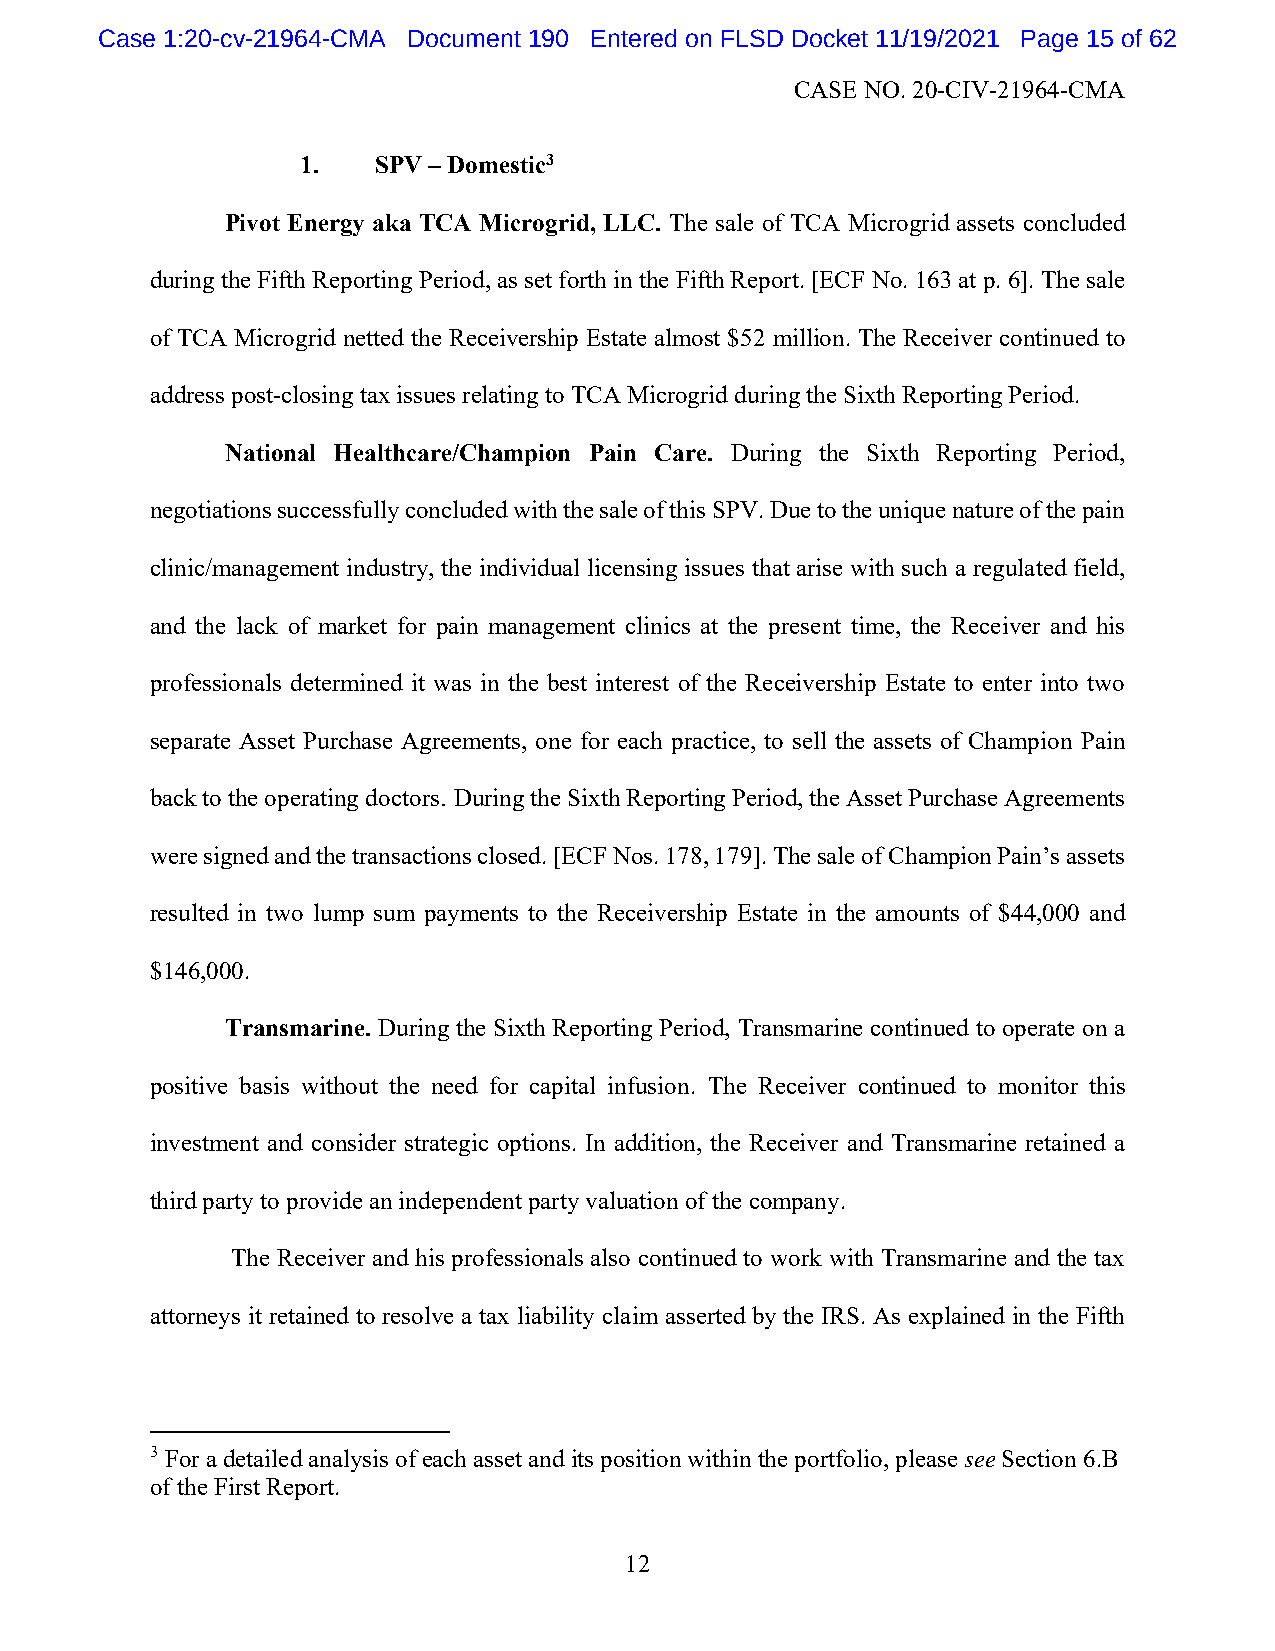
Case 1:20-cv-21964-CMA Document 190 Entered on FLSD Docket 11/19/2021 Page 15 of 62
 CASE NO. 20-CIV-21964-CMA
 1.   SPV – Domestic3
 Pivot Energy aka TCA Microgrid, LLC. The sale of TCA Microgrid assets concluded
 during the Fifth Reporting Period, as set forth in the Fifth Report. [ECF No. 163 at p. 6]. The sale
 of TCA Microgrid netted the Receivership Estate almost $52 million. The Receiver continued to
 address post-closing tax issues relating to TCA Microgrid during the Sixth Reporting Period.
 National Healthcare/Champion Pain Care. During the Sixth Reporting Period,
 negotiations successfully concluded with the sale of this SPV. Due to the unique nature of the pain
 clinic/management industry, the individual licensing issues that arise with such a regulated field,
 and the lack of market for pain management clinics at the present time, the Receiver and his
 professionals determined it was in the best interest of the Receivership Estate to enter into two
 separate Asset Purchase Agreements, one for each practice, to sell the assets of Champion Pain
 back to the operating doctors. During the Sixth Reporting Period, the Asset Purchase Agreements
 were signed and the transactions closed. [ECF Nos. 178, 179]. The sale of Champion Pain’s assets
 resulted in two lump sum payments to the Receivership Estate in the amounts of $44,000 and
 $146,000.
 Transmarine. During the Sixth Reporting Period, Transmarine continued to operate on a
 positive basis without the need for capital infusion. The Receiver continued to monitor this
 investment and consider strategic options. In addition, the Receiver and Transmarine retained a
 third party to provide an independent party valuation of the company.
 The Receiver and his professionals also continued to work with Transmarine and the tax
 attorneys it retained to resolve a tax liability claim asserted by the IRS. As explained in the Fifth
 3 For a detailed analysis of each asset and its position within the portfolio, please see Section 6.B
 of the First Report.
 12